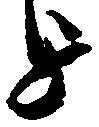
を